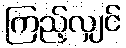
ကြည့်လျှင်